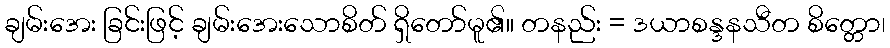
ချမ်းအေး ခြင်းဖြင့် ချမ်းအေးသောစိတ် ရှိတော်မူ၏။ တနည်း = ဒယာစန္ဒနသီတ စိတ္တော၊